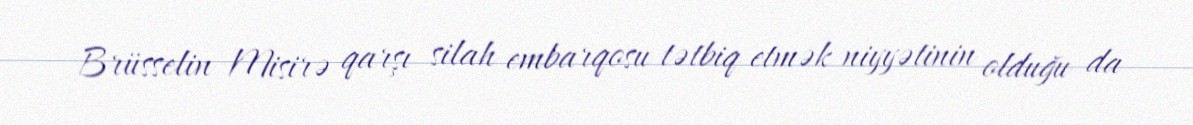
Brüsselin Misirə qarşı silah embarqosu tətbiq etmək niyyətinin olduğu da